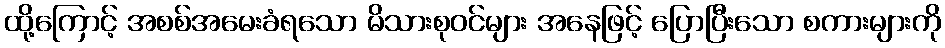
ထို့ကြောင့် အစစ်အမေးခံရသော မိသားစုဝင်များ အနေဖြင့် ပြောပြီးသော စကားများကို